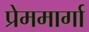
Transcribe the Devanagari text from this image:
प्रेममार्गा